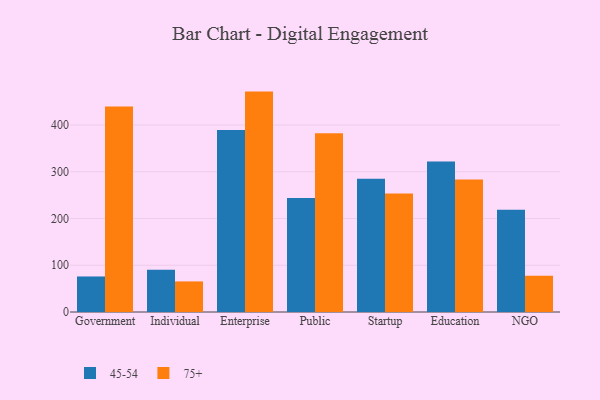
{"axis": {"x": "Segment", "y": "Population (Million)"}, "legend": ["45-54", "75+"], "data": [{"x": "Government", "y": 76.0, "type": "45-54"}, {"x": "Government", "y": 439.4, "type": "75+"}, {"x": "Individual", "y": 90.6, "type": "45-54"}, {"x": "Individual", "y": 65.4, "type": "75+"}, {"x": "Enterprise", "y": 389.2, "type": "45-54"}, {"x": "Enterprise", "y": 471.5, "type": "75+"}, {"x": "Public", "y": 243.7, "type": "45-54"}, {"x": "Public", "y": 382.5, "type": "75+"}, {"x": "Startup", "y": 285.2, "type": "45-54"}, {"x": "Startup", "y": 253.6, "type": "75+"}, {"x": "Education", "y": 322.1, "type": "45-54"}, {"x": "Education", "y": 283.2, "type": "75+"}, {"x": "NGO", "y": 218.8, "type": "45-54"}, {"x": "NGO", "y": 77.8, "type": "75+"}]}